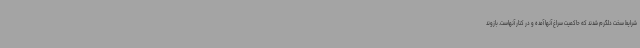
شرایط سخت دلگرم شدند که حاکمیت سراغ آنها آمده و در کنار آنهاست. بازوند